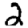
Digit: 2